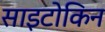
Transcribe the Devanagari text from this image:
साइटोकिन